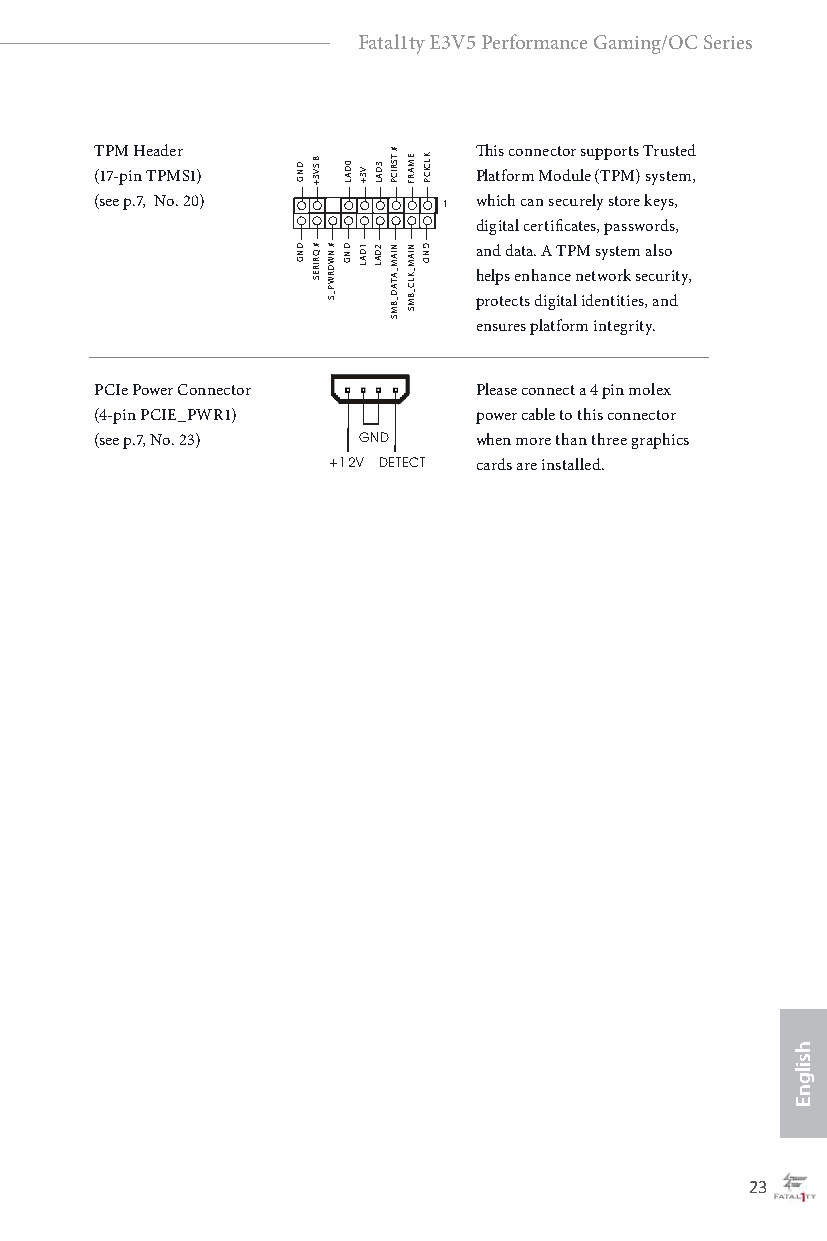
Fatal1ty E3V5 Performance Gaming/OC Series
 T (1P 7-M pi H n e Ta Pd Mer S1) GND +3VSB LAD0 +3V LAD3 PCIRST# FRAME PCICLK Th Plai ts f oc ro mnn Mec oto dr u ls eu (p Tp Po Mrts ) T syr su ts et med ,
 (see p.7, No. 20)      1 which can securely store keys,
 digital certificates, passwords,
 GND SERIRQ# S_PWRDWN# GND LAD1 LAD2 MB_DATA_MAIN SMB_CLK_MAIN DNG a
 h
 pn
 re
 old
 p
 t
 esd ca
 e
 tt
 n
 sa
 h
 d. aA
 ign
 icT
 te
 aP lnM
 ie dt
 es wy nos tt ire
 tk
 im
 es se
 ,a
 c
 al us no
 r di t y,
 S    ensures platform integrity.
 PCIe Power Connector     Please connect a 4 pin molex
 (4-pin PCIE_PWR1)        power cable to this connector
 (see p.7, No. 23) GND    when more than three graphics
 +12V DETECT cards are installed.
 22                                                23
 hsilgnE